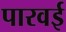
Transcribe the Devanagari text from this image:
पारवई